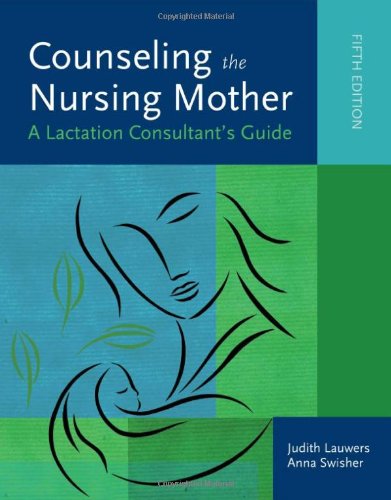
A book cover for Counseling The Nursing Mother: A Lactation Consultant's Guide; Judith Lauwers; Medical Books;